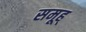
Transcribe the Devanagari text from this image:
समूह्